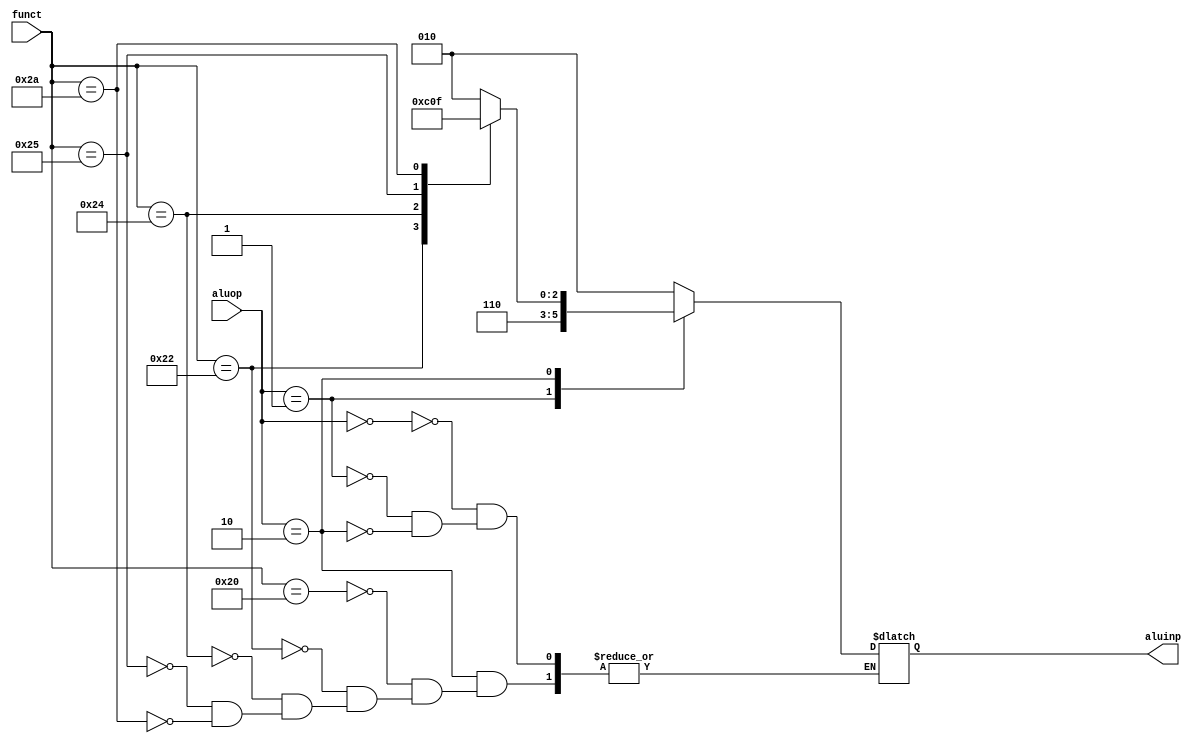
module ALUcontrol(funct,aluop,aluinp);
 input [5:0] funct;
 input [1:0] aluop;
 output reg [2:0] aluinp;
 always @* begin
 case(aluop)
 2'b00: aluinp<=3'b010;//lw,sw
 
 2'b01:aluinp<=3'b110;//beq
 2'b10: case(funct)//rest
 6'b100000:aluinp<=3'b010;
 6'b100010:aluinp<=3'b110;
 6'b100100:aluinp<=3'b000;
 6'b100101:aluinp<=3'b001;
 6'b101010:aluinp<=3'b111;
 endcase
 endcase
 end
 



endmodule